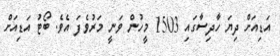
އަޑިއަށް ދިޔަ ހާދިސާގައި 1503 މީހުން ވަނީ މަރުވެފަ އެވެ. ބޯޓު އަޑިއަށް